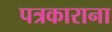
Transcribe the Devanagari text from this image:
पत्रकाराना